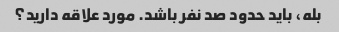
بله، باید حدود صد نفر باشد. مورد علاقه دارید؟